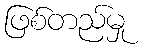
ဖြစ်တည်မှု